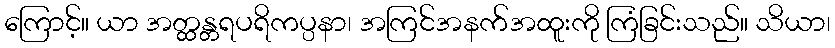
ကြောင့်။ ယာ အတ္ထန္တရပရိကပ္ပနာ၊ အကြင်အနက်အထူးကို ကြံခြင်းသည်။ သိယာ၊